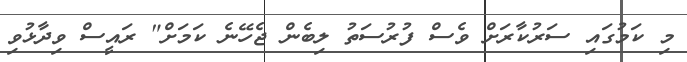
މި ކަމުގައި ސަރުކާރަށް ވެސް ފުރުސަތު ލިބެން ޖެހޭނެ ކަމަށް" ރައީސް ވިދާޅުވި